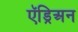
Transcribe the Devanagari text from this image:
ऍड्रिअन